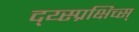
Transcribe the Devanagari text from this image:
द्य्स्प्रक्षिच्स्